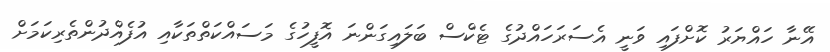
އޭނާ ހައްޔަރު ކޮށްފައި ވަނީ އެސަރަހައްދުގެ ޓެކްސް ބަލައިގަންނަ އޮފީހުގެ މަސައްކަތްތަކާއި އުފެއްދުންތެރިކަމަށް